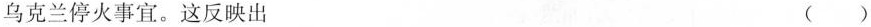
商谈乌克兰停火事宜。这反映出 ()